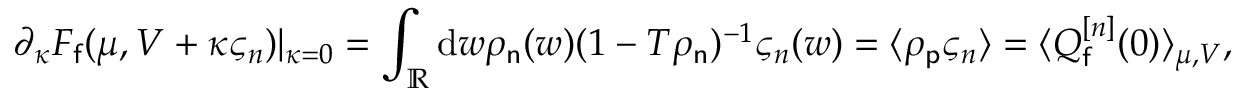
\partial _ { \kappa } F _ { \mathsf { f } } ( \mu , V + \kappa \varsigma _ { n } ) | _ { \kappa = 0 } = \int _ { \mathbb { R } } \mathrm { d } w \rho _ { \mathsf { n } } ( w ) ( 1 - T \rho _ { \mathsf { n } } ) ^ { - 1 } \varsigma _ { n } ( w ) = \langle \rho _ { \mathsf { p } } \varsigma _ { n } \rangle = \langle Q _ { \mathsf { f } } ^ { [ n ] } ( 0 ) \rangle _ { \mu , V } ,